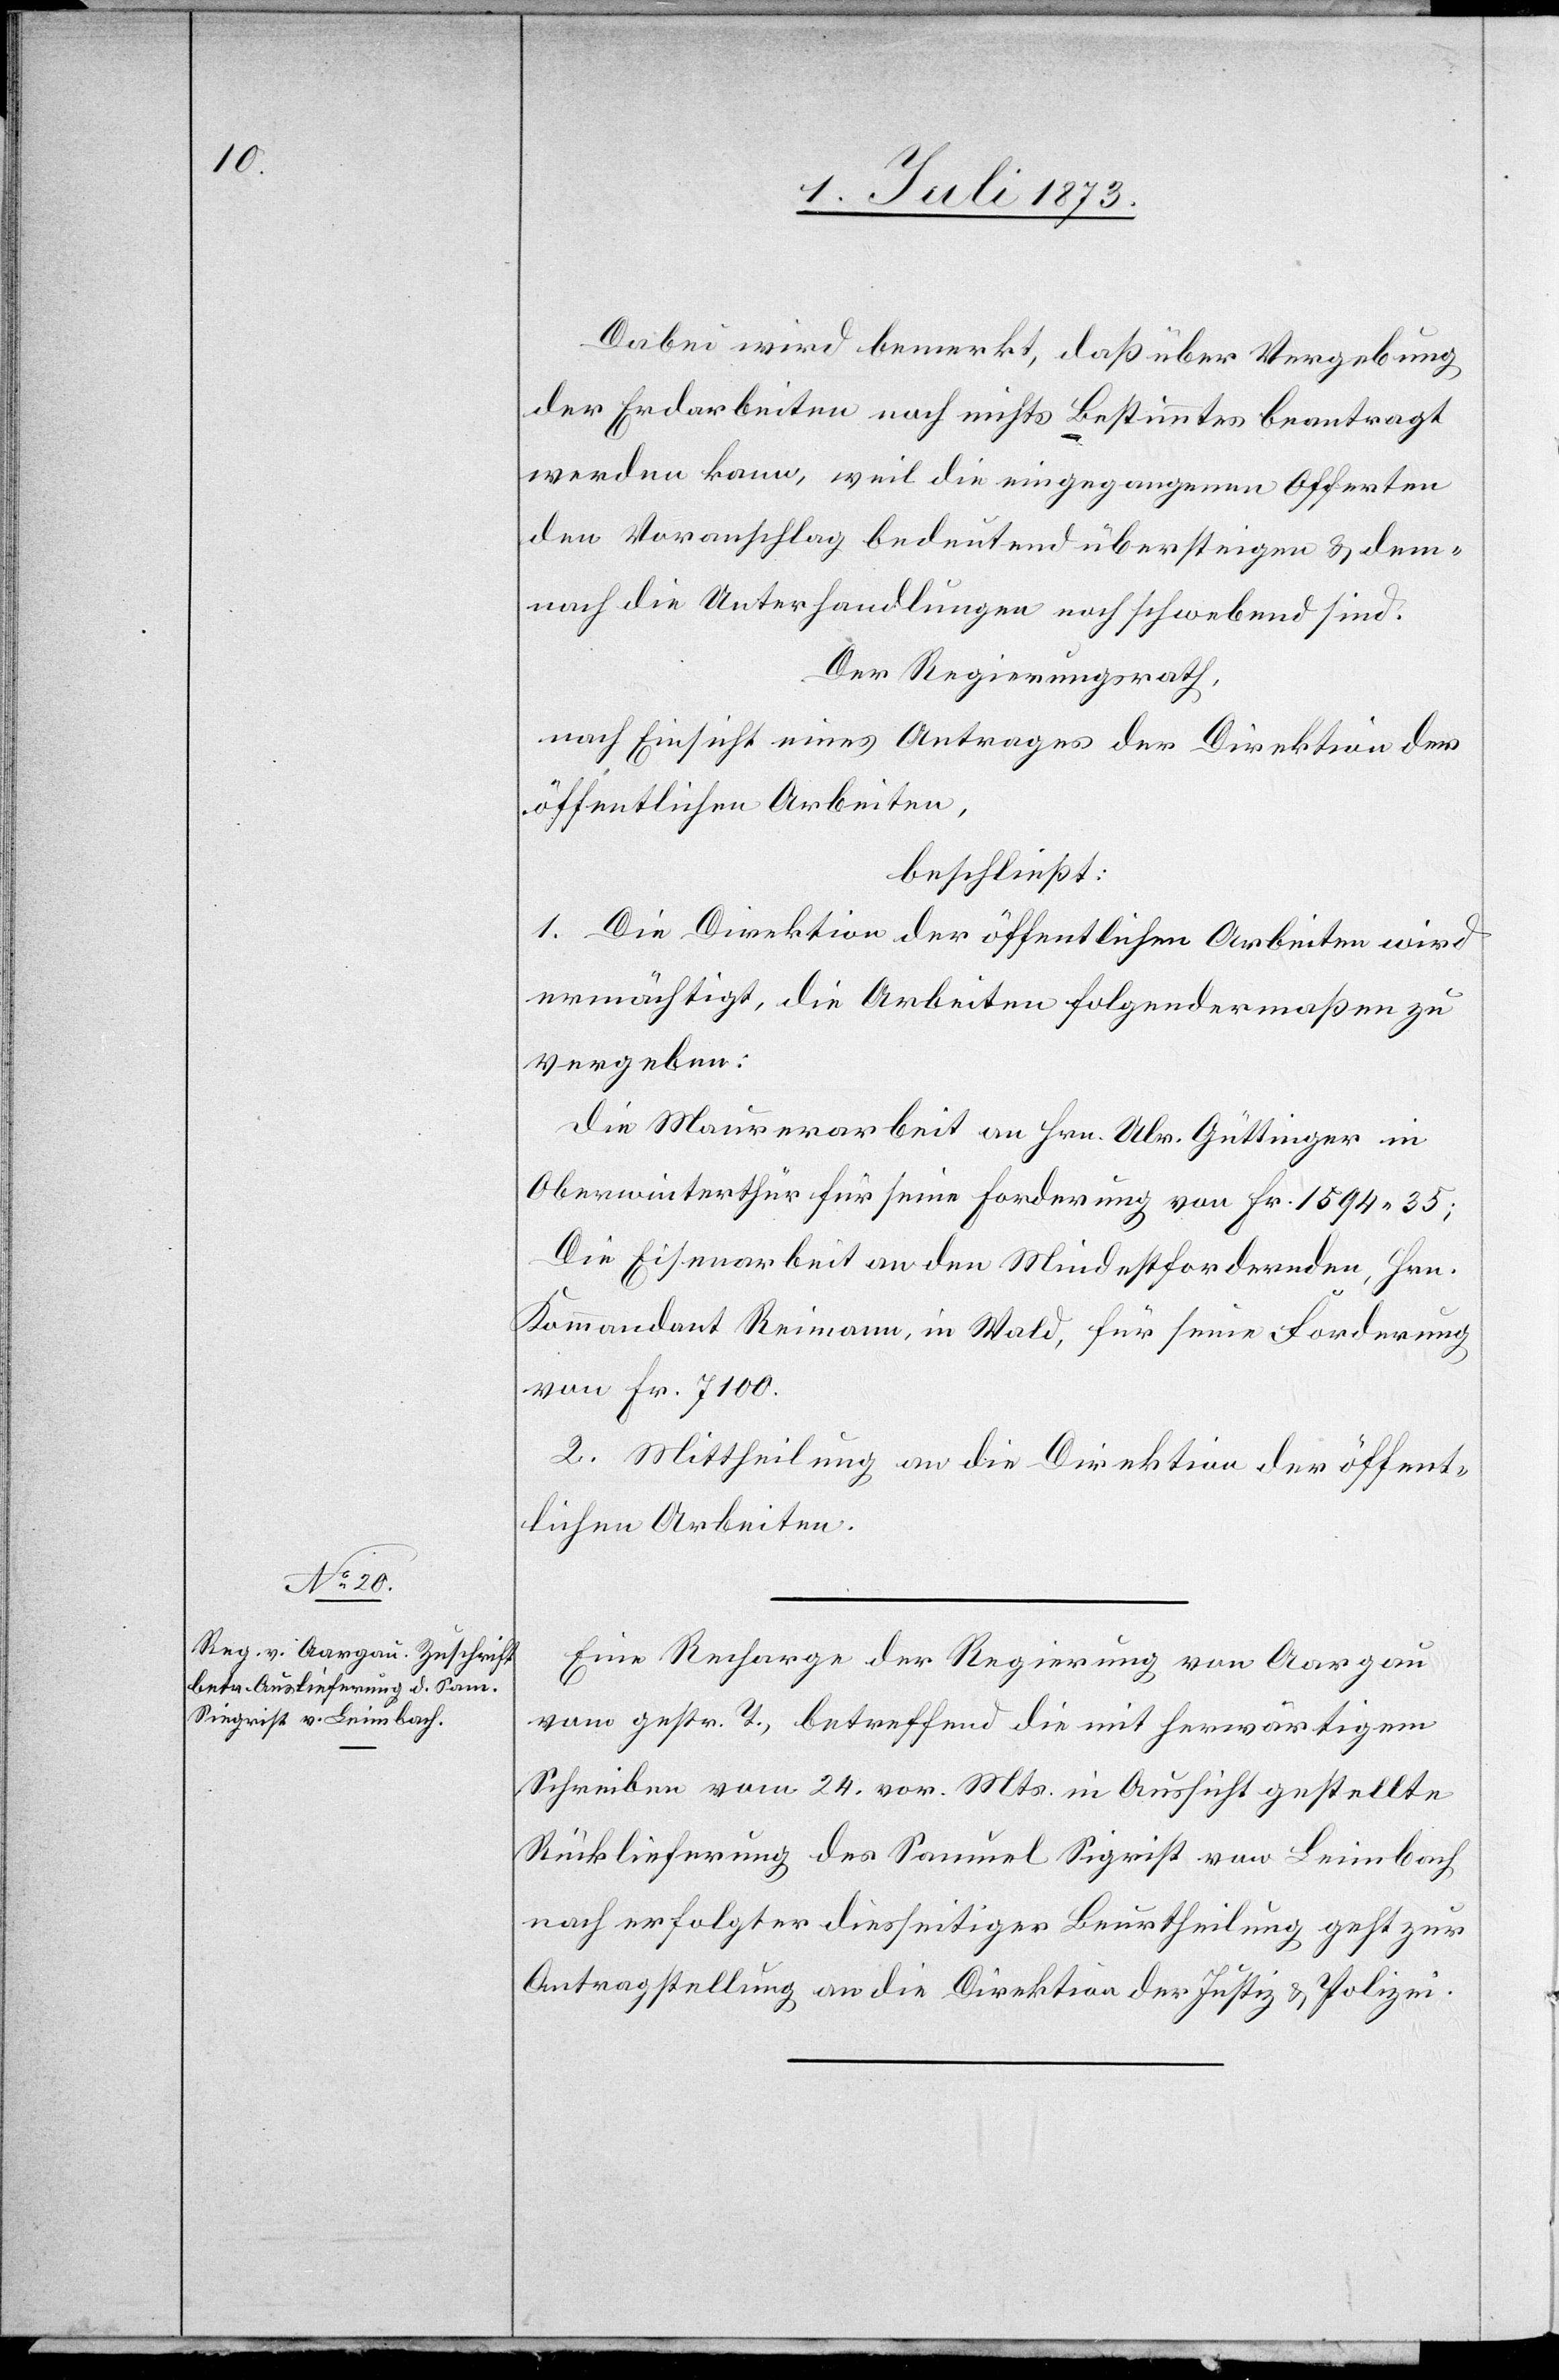
3. Juli 1873.]
Dabei wird bemerkt, daß über Vergebung
der Erdarbeiten noch nichts Bestimmtes beantragt
werden kann, weil die eingegangenen Offerten
den Voranschlag bedeutend übersteigen & dem¬
nach die Unterhandlungen noch schwebend sind.
Der Regierungsrath,
nach Einsicht eines Antrages der Direktion der
öffentlichen Arbeiten,
beschließt:
1. Die Direktion der öffentlichen Arbeiten wird
ermächtigt, die Arbeiten folgendermaßen zu
vergeben:
Die Maurerarbeit an Hrn. Ulr. Güttinger in
Oberwinterthur für seine Forderung von Fr. 1594 35;
Die Eisenarbeit an den Mindestfordernden, Hrn.
Kommandant Reimann, in Wald, für seine Forderung
von Fr. 7100.
2. Mittheilung an die Direktion der öffent¬
lichen Arbeiten.
Eine Recharge der Regierung von Aargau
vom gestr. T., betreffend die mit herwärtigem
Schreiben vom 24. vor. Mts. in Aussicht gestellte
Rücklieferung des Samuel Sigrist von Leimbach
nach erfolgter diesseitiger Beurtheilung geht zur
Antragstellung an die Direktion der Justiz & Polizei.